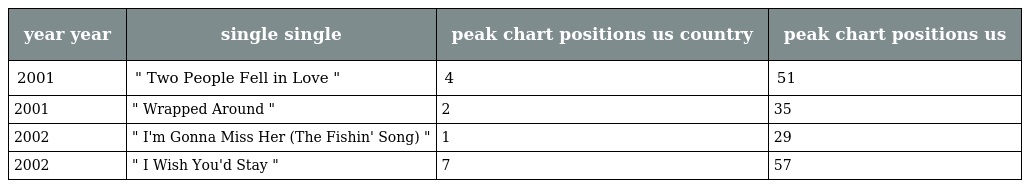
| year year | single single | peak chart positions us country | peak chart positions us |
 | --- | --- | --- | --- |
 | 2001 | " Two People Fell in Love " | 4 | 51 |
 | 2001 | " Wrapped Around " | 2 | 35 |
 | 2002 | " I'm Gonna Miss Her (The Fishin' Song) " | 1 | 29 |
 | 2002 | " I Wish You'd Stay " | 7 | 57 |